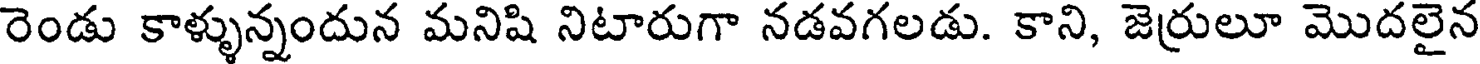
రెండు కాళ్ళున్నందున మనిషి నిటారుగా నడవగలడు. కాని, జెర్రులూ మొదలైన